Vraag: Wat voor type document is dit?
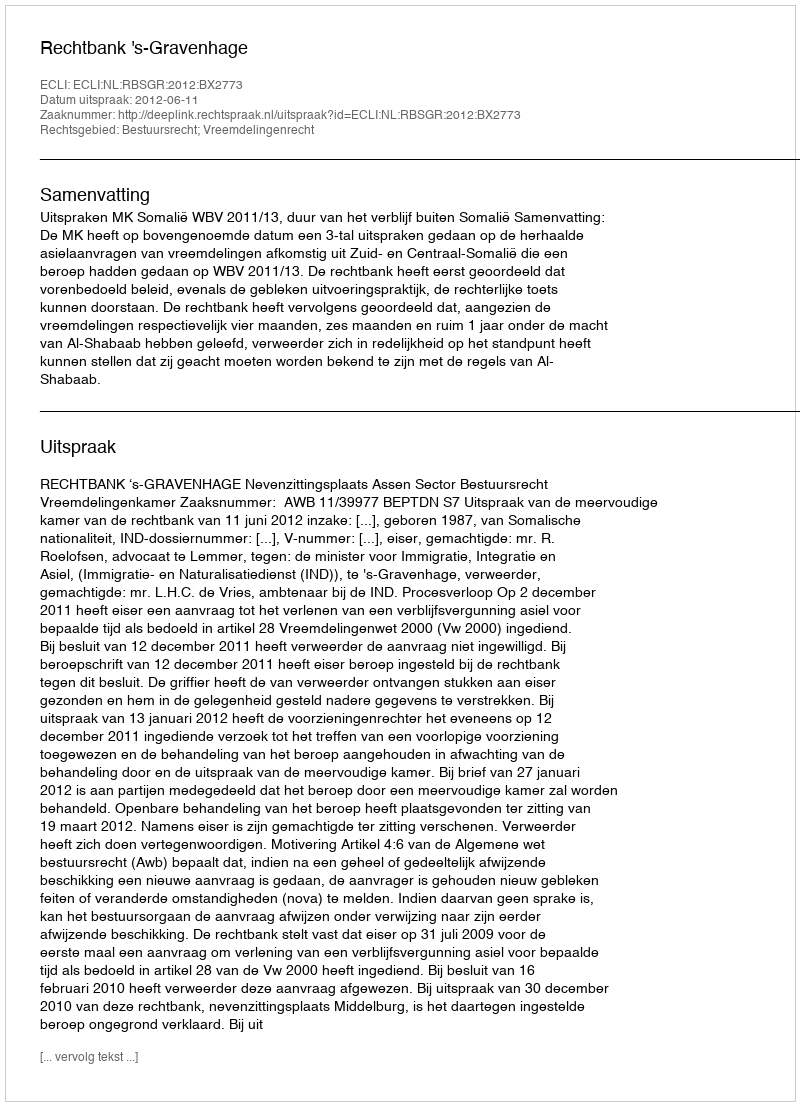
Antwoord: Uitspraak